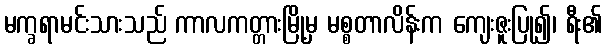
မက္ခရာမင်းသားသည် ကာလကတ္တားမြို့မှ မစ္စတာလိန်းက ကျေးဇူးပြု၍၊ ရီး၏